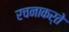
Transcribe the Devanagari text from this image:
रचनाकर्ते